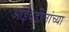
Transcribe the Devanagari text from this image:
आईवडीलांच्या